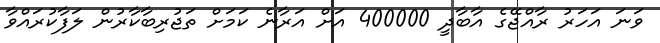
ވަނަ އަހަރު ރާއްޖޭގެ އާބާދީ 400000 އަށް އަރާނެ ކަމަށް ތަޖުރިބާކާރުން ލަފާކުރައްވާ